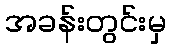
အခန်းတွင်းမှ